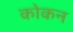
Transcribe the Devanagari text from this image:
कोकन